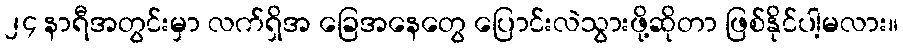
၂၄ နာရီအတွင်းမှာ လက်ရှိအ ခြေအနေတွေ ပြောင်းလဲသွားဖို့ဆိုတာ ဖြစ်နိုင်ပါ့မလား။